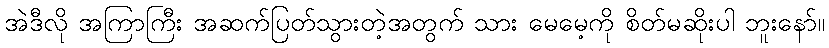
အဲဒီလို အကြာကြီး အဆက်ပြတ်သွားတဲ့အတွက် သား မေမေ့ကို စိတ်မဆိုးပါ ဘူးနော်။